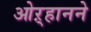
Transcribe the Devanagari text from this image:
ओऱ्हानने